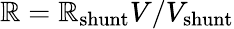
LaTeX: \mathbb{R}=\mathbb{R}_{\mathrm{{shunt}}}V/V_{\mathrm{{shunt}}}